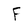
Character: F